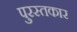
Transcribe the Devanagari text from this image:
पुरस्तकार